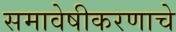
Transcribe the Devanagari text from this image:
समावेषीकरणाचे